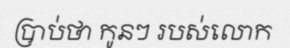
ប្រាប់ថា កូនៗ របស់លោក